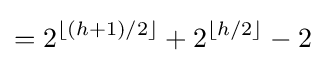
=2^{\lfloor (h+1)/2\rfloor }+2^{\lfloor h/2\rfloor }-2